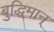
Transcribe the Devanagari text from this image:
बुद्धिमान्‌